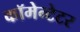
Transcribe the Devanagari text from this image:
कॉमेन्टेटर